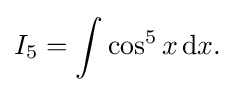
I_{5}=\int \cos ^{5}x\,{\text{d}}x.\,\!